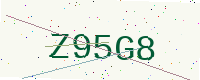
Text: Z95G8